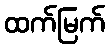
ထက်မြက်